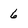
Character: 6